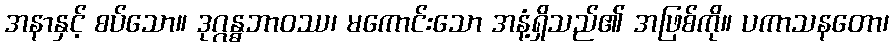
အနာနှင့် စပ်သော။ ဒုဂ္ဂန္ဓဘာဝဿ၊ မကောင်းသော အနံ့ရှိသည်၏ အဖြစ်ကို။ ပကာသနတော၊